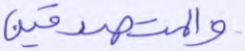
والمتصدقين